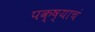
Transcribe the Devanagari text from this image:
पक्ष्याचं